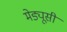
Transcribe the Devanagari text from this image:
मेड्यूसी